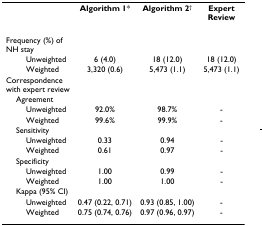
<table><thead><tr><td></td><td><b>Algorithm 1*</b></td><td><b>Algorithm 2<sup>†</sup></b></td><td><b>Expert Review</b></td></tr></thead><tbody><tr><td>Frequency (%) of NH stay</td><td></td><td></td><td></td></tr><tr><td>Unweighted</td><td>6 (4.0)</td><td>18 (12.0)</td><td>18 (12.0)</td></tr><tr><td>Weighted</td><td>3,320 (0.6)</td><td>5,473 (1.1)</td><td>5,473 (1.1)</td></tr><tr><td>Correspondence with expert review</td><td></td><td></td><td></td></tr><tr><td> Agreement</td><td></td><td></td><td></td></tr><tr><td>Unweighted</td><td>92.0%</td><td>98.7%</td><td>-</td></tr><tr><td>Weighted</td><td>99.6%</td><td>99.9%</td><td>-</td></tr><tr><td> Sensitivity</td><td></td><td></td><td></td></tr><tr><td>Unweighted</td><td>0.33</td><td>0.94</td><td>-</td></tr><tr><td>Weighted</td><td>0.61</td><td>0.97</td><td>-</td></tr><tr><td> Specificity</td><td></td><td></td><td></td></tr><tr><td>Unweighted</td><td>1.00</td><td>0.99</td><td>-</td></tr><tr><td>Weighted</td><td>1.00</td><td>1.00</td><td>-</td></tr><tr><td> Kappa (95% CI)</td><td></td><td></td><td></td></tr><tr><td>Unweighted</td><td>0.47 (0.22, 0.71)</td><td>0.93 (0.85, 1.00)</td><td>-</td></tr><tr><td>Weighted</td><td>0.75 (0.74, 0.76)</td><td>0.97 (0.96, 0.97)</td><td>-</td></tr></tbody></table>